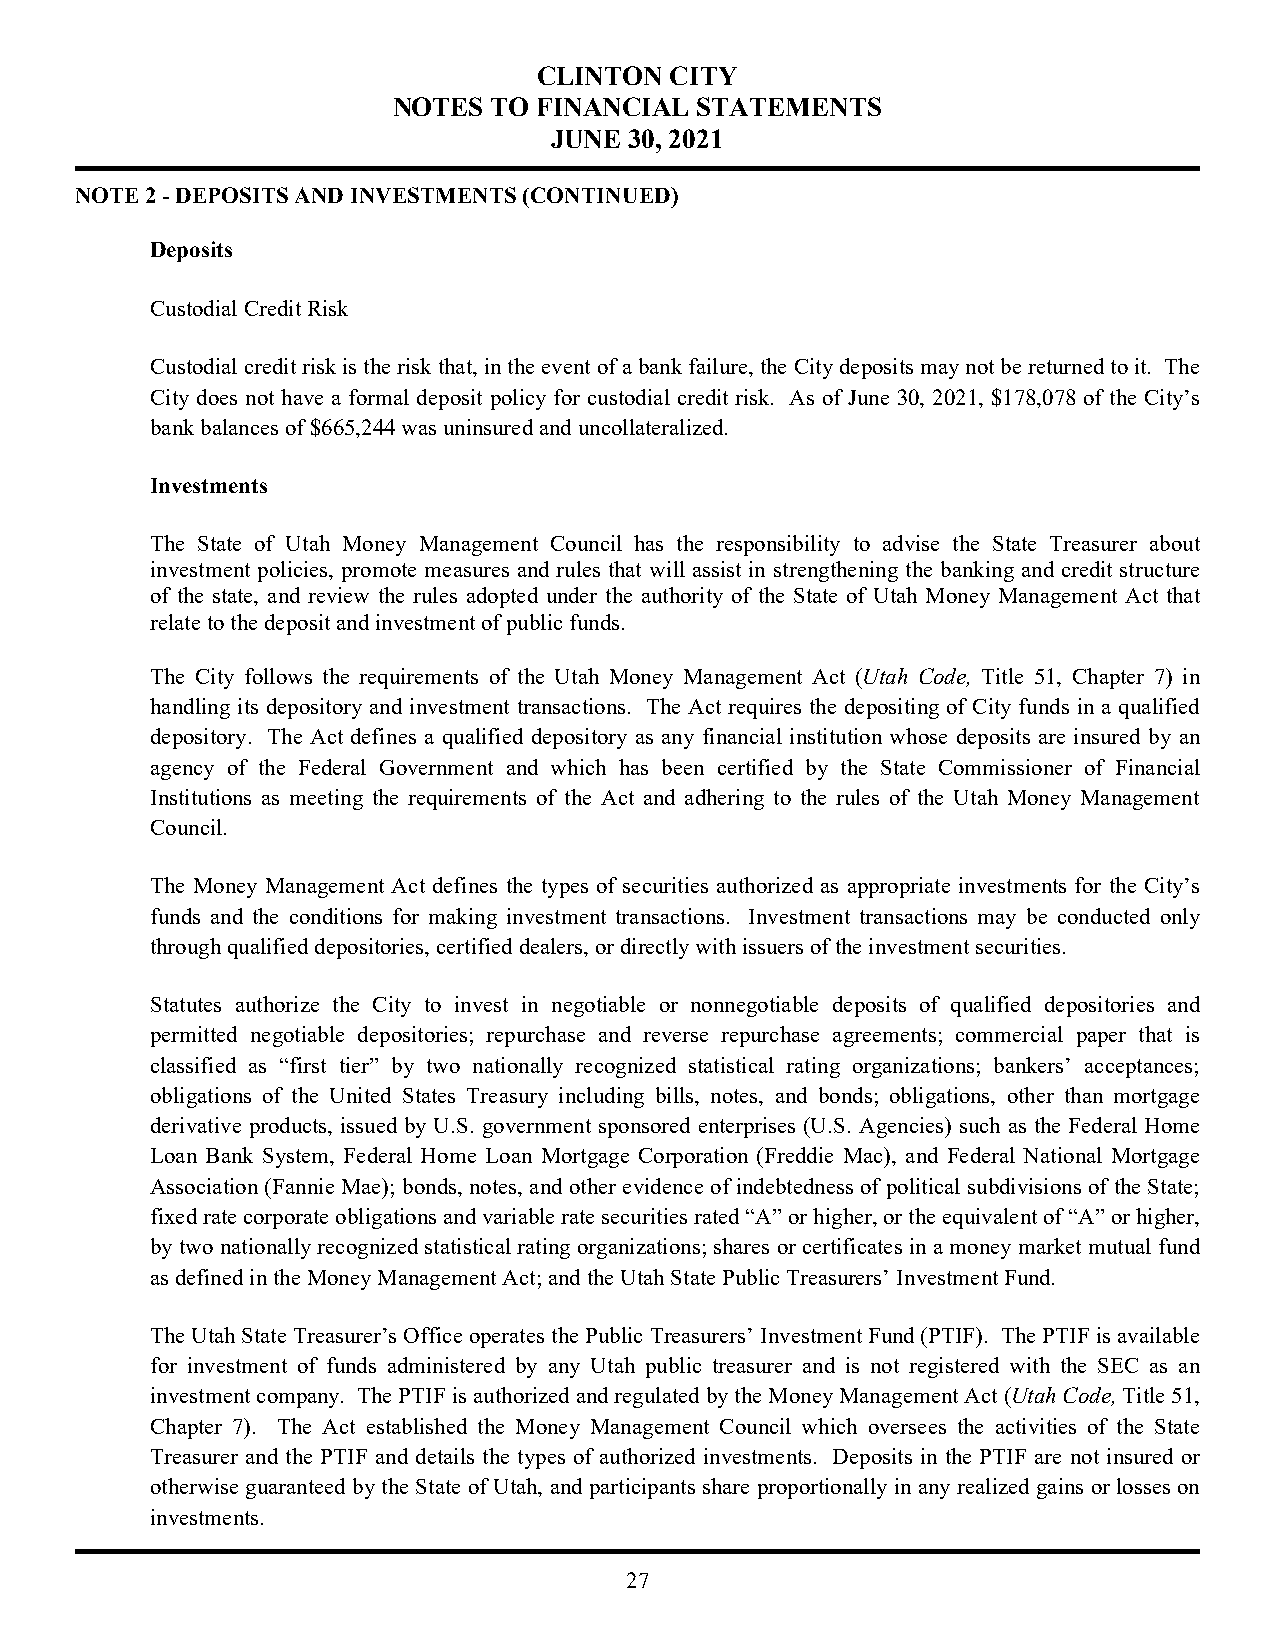
CLINTON CITY
 NOTES  TO FINANCIAL STATEMENTS
 JUNE 30, 2021
 NOTE 2 - DEPOSITS AND INVESTMENTS (CONTINUED)
 Deposits
 Custodial Credit Risk
 Custodial credit risk is the risk that, in the event of a bank failure, the City deposits may not be returned to it. The
 City does not have a formal deposit policy for custodial credit risk. As of June 30, 2021, $178,078 of the City’s
 bank balances of $665,244 was uninsured and uncollateralized.
 Investments
 The State of Utah Money Management Council has the responsibility to advise the State Treasurer about
 investment policies, promote measures and rules that will assist in strengthening the banking and credit structure
 of the state, and review the rules adopted under the authority of the State of Utah Money Management Act that
 relate to the deposit and investment of public funds.
 The City follows the requirements of the Utah Money Management Act (Utah Code, Title 51, Chapter 7) in
 handling its depository and investment transactions. The Act requires the depositing of City funds in a qualified
 depository. The Act defines a qualified depository as any financial institution whose deposits are insured by an
 agency of the Federal Government and which has been certified by the State Commissioner of Financial
 Institutions as meeting the requirements of the Act and adhering to the rules of the Utah Money Management
 Council.
 The Money Management Act defines the types of securities authorized as appropriate investments for the City’s
 funds and the conditions for making investment transactions. Investment transactions may be conducted only
 through qualified depositories, certified dealers, or directly with issuers of the investment securities.
 Statutes authorize the City to invest in negotiable or nonnegotiable deposits of qualified depositories and
 permitted negotiable depositories; repurchase and reverse repurchase agreements; commercial paper that is
 classified as “first tier” by two nationally recognized statistical rating organizations; bankers’ acceptances;
 obligations of the United States Treasury including bills, notes, and bonds; obligations, other than mortgage
 derivative products, issued by U.S. government sponsored enterprises (U.S. Agencies) such as the Federal Home
 Loan Bank System, Federal Home Loan Mortgage Corporation (Freddie Mac), and Federal National Mortgage
 Association (Fannie Mae); bonds, notes, and other evidence of indebtedness of political subdivisions of the State;
 fixed rate corporate obligations and variable rate securities rated “A” or higher, or the equivalent of “A” or higher,
 by two nationally recognized statistical rating organizations; shares or certificates in a money market mutual fund
 as defined in the Money Management Act; and the Utah State Public Treasurers’ Investment Fund.
 The Utah State Treasurer’s Office operates the Public Treasurers’ Investment Fund (PTIF). The PTIF is available
 for investment of funds administered by any Utah public treasurer and is not registered with the SEC as an
 investment company. The PTIF is authorized and regulated by the Money Management Act (Utah Code, Title 51,
 Chapter 7). The Act established the Money Management Council which oversees the activities of the State
 Treasurer and the PTIF and details the types of authorized investments. Deposits in the PTIF are not insured or
 otherwise guaranteed by the State of Utah, and participants share proportionally in any realized gains or losses on
 investments.
 27